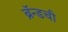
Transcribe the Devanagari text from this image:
ब्रॅन्डची